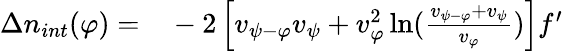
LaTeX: \begin{array}{rl}{\Delta n_{int}(\varphi)=}&{{}-2\left[v_{{\psi}-\varphi}v_{{\psi}}+v_{\varphi}^{2}\ln({\frac{v_{{\psi}-\varphi}+v_{{\psi}}}{v_{\varphi}}})\right]f^{\prime}}\end{array}